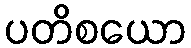
ပတိစယော